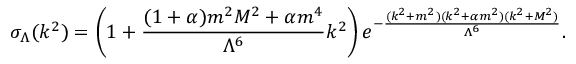
\sigma _ { \Lambda } ( k ^ { 2 } ) = \left( 1 + \frac { ( 1 + \alpha ) m ^ { 2 } M ^ { 2 } + \alpha m ^ { 4 } } { \Lambda ^ { 6 } } k ^ { 2 } \right) e ^ { - \frac { ( k ^ { 2 } + m ^ { 2 } ) ( k ^ { 2 } + \alpha m ^ { 2 } ) ( k ^ { 2 } + M ^ { 2 } ) } { \Lambda ^ { 6 } } } .